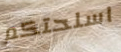
اسلحتكم